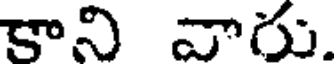
కాని వారు.